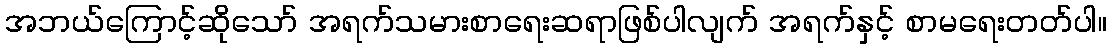
အဘယ်ကြောင့်ဆိုသော် အရက်သမားစာရေးဆရာဖြစ်ပါလျက် အရက်နှင့် စာမရေးတတ်ပါ။